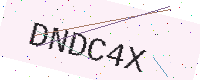
Text: DNDC4X